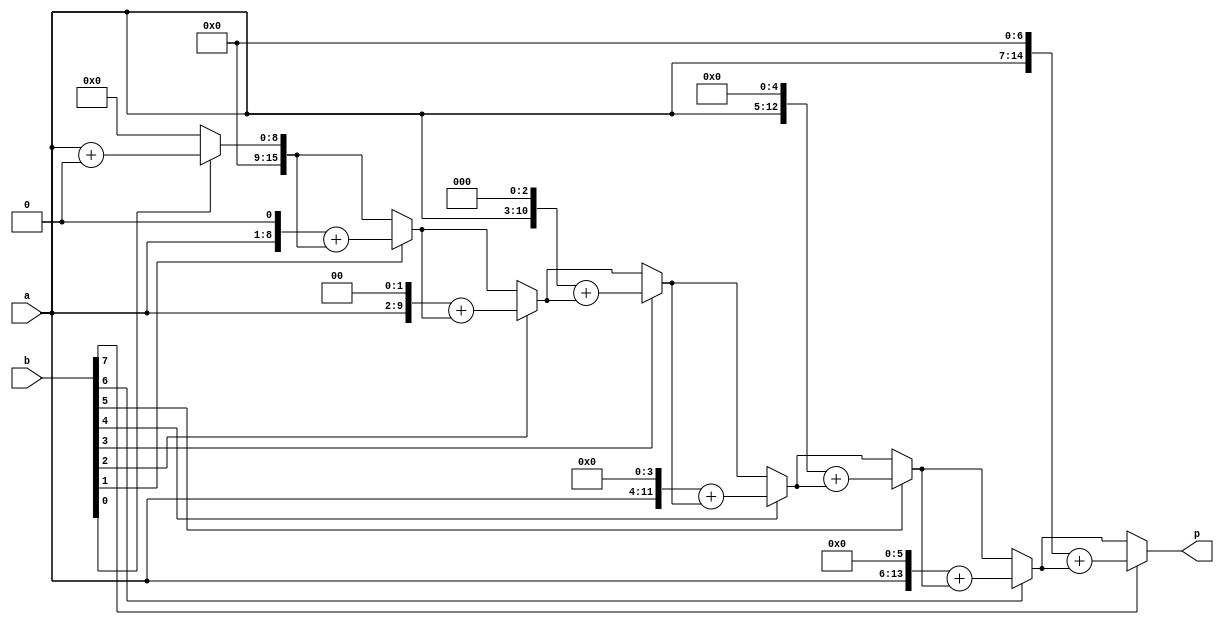
module mult8(
    input [7:0]a,
    input [7:0]b, 
    output reg [15:0] p
);
	reg [3:0] i;
	
	always@(*) begin
		p = 0;
		for (i = 0 ; i <8 ; i = i + 1) begin
			if (b[i] == 1) p = (a <<i) + p;
			else p = p;
		end
		i = 0;
	end

endmodule